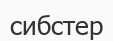
сибстер